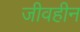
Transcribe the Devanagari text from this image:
जीवहीन